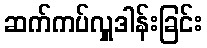
ဆက်ကပ်လှူဒါန်းခြင်း